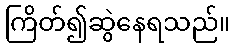
ကြိတ်၍ဆွဲနေရသည်။